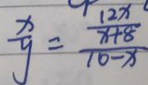
\frac { x } { y } = \frac { \frac { 1 2 x } { x + 8 } } { 1 0 - x }